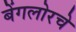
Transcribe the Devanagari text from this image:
बेंगलोरचे